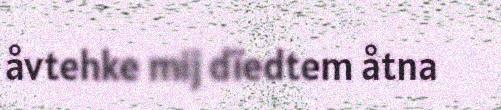
åvtehke mij dïedtem åtna